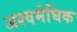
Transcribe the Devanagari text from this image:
अश्वमेघिक